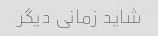
شاید زمانی دیگر